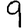
Digit: 9